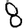
Digit: 8